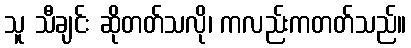
သူ သီချင်း ဆိုတတ်သလို၊ ကလည်းကတတ်သည်။